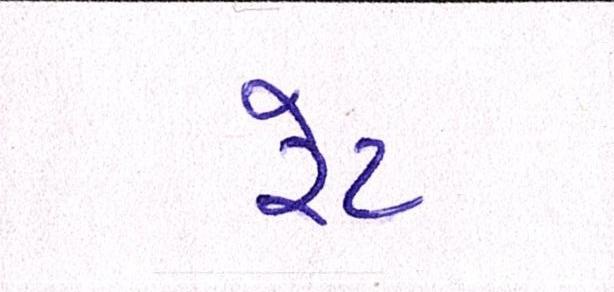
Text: રેટ